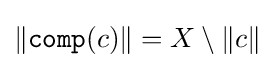
\left\|{\mathtt {comp}}(c)\right\|=X\setminus \left\|c\right\|